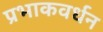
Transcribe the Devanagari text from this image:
प्रभाकवर्धन